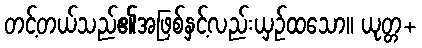
တင့်တယ်သည်၏အဖြစ်နှင့်လည်းယှဉ်ထသော။ ယုတ္တ+